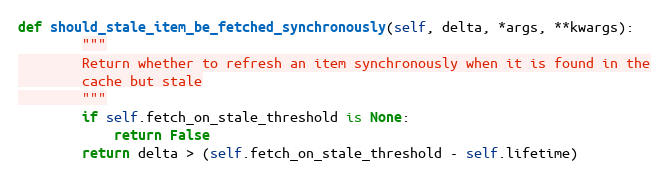
Language: Python
def should_stale_item_be_fetched_synchronously(self, delta, *args, **kwargs):
        """
        Return whether to refresh an item synchronously when it is found in the
        cache but stale
        """
        if self.fetch_on_stale_threshold is None:
            return False
        return delta > (self.fetch_on_stale_threshold - self.lifetime)